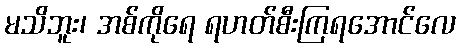
မသိဘူး၊ အစ်ကိုရေ ရဟတ်စီးကြရအောင်လေ